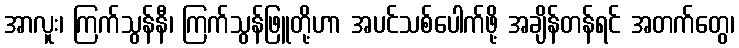
အာလူး၊ ကြက်သွန်နီ၊ ကြက်သွန်ဖြူတို့ဟာ အပင်သစ်ပေါက်ဖို့ အချိန်တန်ရင် အတက်တွေ၊